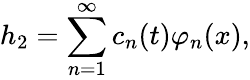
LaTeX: h_{2}=\sum_{n=1}^{\infty}c_{n}(t)\varphi_{n}(x),